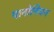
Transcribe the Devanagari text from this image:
पानोनियन